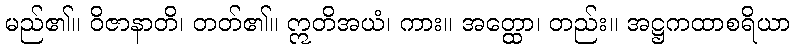
မည်၏။ ဝိဇာနာတိ၊ တတ်၏။ ဣတိအယံ၊ ကား။ အတ္ထော၊ တည်း။ အဋ္ဌကထာစရိယာ